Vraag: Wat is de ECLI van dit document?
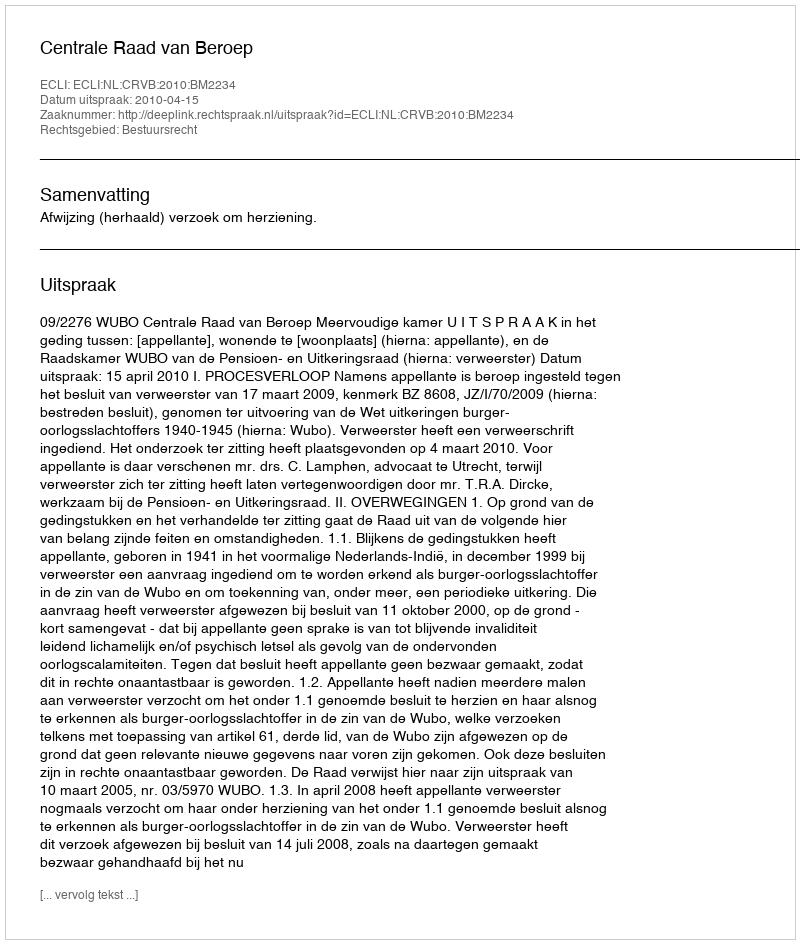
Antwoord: ECLI:NL:CRVB:2010:BM2234